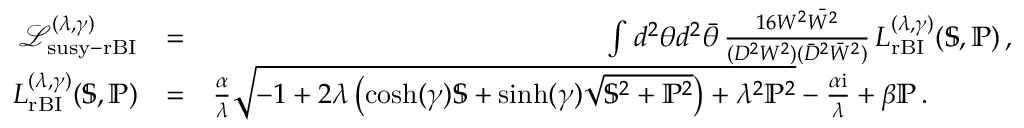
\begin{array} { r l r } { \mathcal { L } _ { \mathrm { s u s y - r B I } } ^ { ( \lambda , \gamma ) } } & { = } & { \int d ^ { 2 } \theta d ^ { 2 } \bar { \theta } \, \frac { 1 6 W ^ { 2 } \bar { W ^ { 2 } } } { ( D ^ { 2 } W ^ { 2 } ) ( \bar { D } ^ { 2 } \bar { W } ^ { 2 } ) } \, L _ { \mathrm { r B I } } ^ { ( \lambda , \gamma ) } ( \mathbb { S } , \mathbb { P } ) \, , } \\ { L _ { \mathrm { r B I } } ^ { ( \lambda , \gamma ) } ( \mathbb { S } , \mathbb { P } ) } & { = } & { \frac { \alpha } { \lambda } \sqrt { - 1 + 2 \lambda \left( \cosh ( \gamma ) \mathbb { S } + \sinh ( \gamma ) \sqrt { \mathbb { S } ^ { 2 } + \mathbb { P } ^ { 2 } } \right) + \lambda ^ { 2 } \mathbb { P } ^ { 2 } } - \frac { \alpha \mathrm { i } } { \lambda } + \beta \mathbb { P } \, . ~ ~ ~ ~ ~ ~ ~ ~ ~ } \end{array}